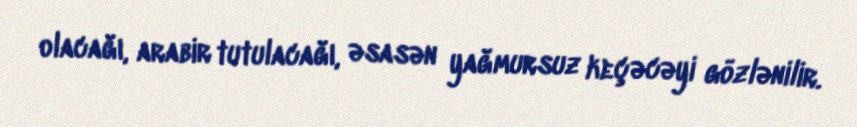
olacağı, arabir tutulacağı, əsasən yağmursuz keçəcəyi gözlənilir.